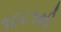
૧૯૮૧થી